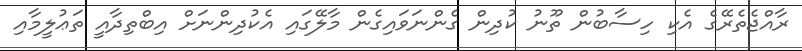
ރާއްޖެތެރޭގެ އެކި ހިސާބުން ތޫނު ކުދިން ގެންނަވައިގެން މާލޭގައި އެކުދިންނަށް އިބްތިދާއީ ތަޢުލީމާއި